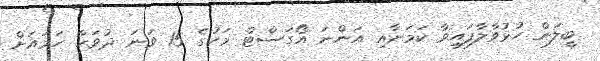
ބީލަން ހުޅުވާލާފައިވާ ކަމަށާއި އަންނަ އޯގަސްޓް މަހުގެ 15 ވަނަ ދުވަހާ ހަމައަށް